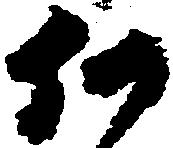
何